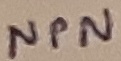
Text: NPN